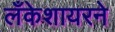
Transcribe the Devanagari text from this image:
लँकेशायरने